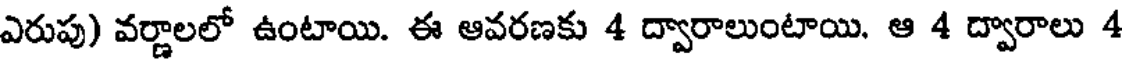
ఎరుపు) వర్ణాలలో ఉంటాయి. ఈ ఆవరణకు 4 ద్వారాలుంటాయి. ఆ 4 ద్వారాలు 4